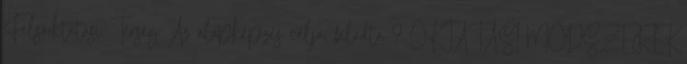
Felsőoktatási Térség Az alapképzés célja, feladta 9 OKTATÁSI MÓDSZEREK